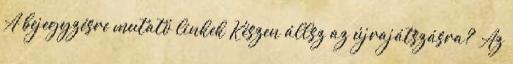
A bejegyzésre mutató linkek Készen állsz az újrajátszásra? „Az